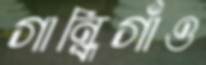
গান্ধিগাঁও